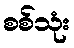
စစ်သုံး